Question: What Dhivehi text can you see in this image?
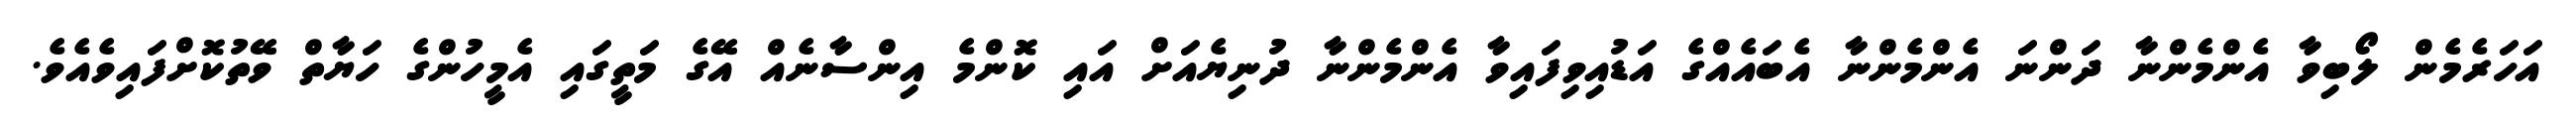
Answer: އަހަރެމެން ލޯބިވާ އެންމެންނާ ދަންނަ އެންމެންނާ އެބައެއްގެ އަޑުއިވިފައިވާ އެންމެންނާ ދުނިޔެއަށް އައި ކޮންމެ އިންސާނެއް އޭގެ މަތީގައި އެމީހުންގެ ހަޔާތް ވޭތުކޮށްފައިވެއެވެ.